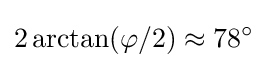
2\arctan(\varphi /2)\approx 78^{\circ }